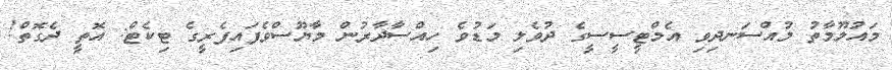
މައުލޫމާތު މުއްސަނދިވި އެމްޓީސީސީގެ ދުވެލި މަޑުވެ ހިއްސާދާރުން މާޔޫސްވެފައިފެރީގެ ޓިކެޓް: އޮތީ ދެގޮތް!